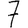
Digit: 7